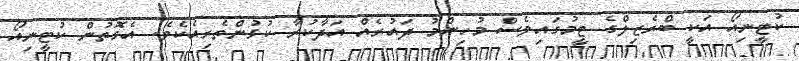
ކުޓީނިއޯ އަކީ ބްރެޒިލްގެ ޓީމުގައިވެސް މުހިންމު ދައުރެއް އަދާކުރާ ކުޅުންތެރިއެކެވެ. އެގޮތުން ކުޓީނިއޯ